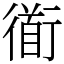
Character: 衜